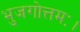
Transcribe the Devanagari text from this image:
भुजगोत्तमः।